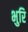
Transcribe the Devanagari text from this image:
भुरि